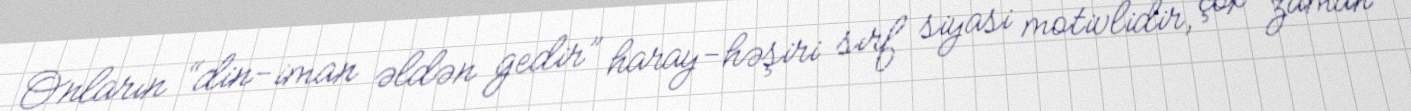
Onların “din-iman əldən gedir” haray-həşiri sırf siyasi motivlidir, çox zaman